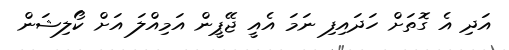
އަދި އެ ގޮތަށް ހަދައިފި ނަމަ އެއީ ޖޭޕީން އަމިއްލަ އަށް ކޯލިޝަން